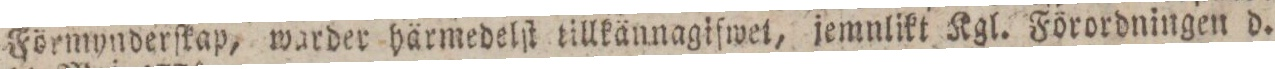
Förmynderſkap, warder härmedelſt tillkännagifwet, jemnlikt Kgl. Förordningen d.